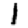
Digit: 1